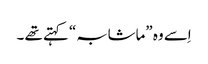
اِسے وہ ”ماشابہ“ کہتے تھے ۔